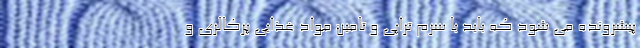
پیشرونده می شود که باید با سرم تراپی و تامین مواد غذایی پرکالری و